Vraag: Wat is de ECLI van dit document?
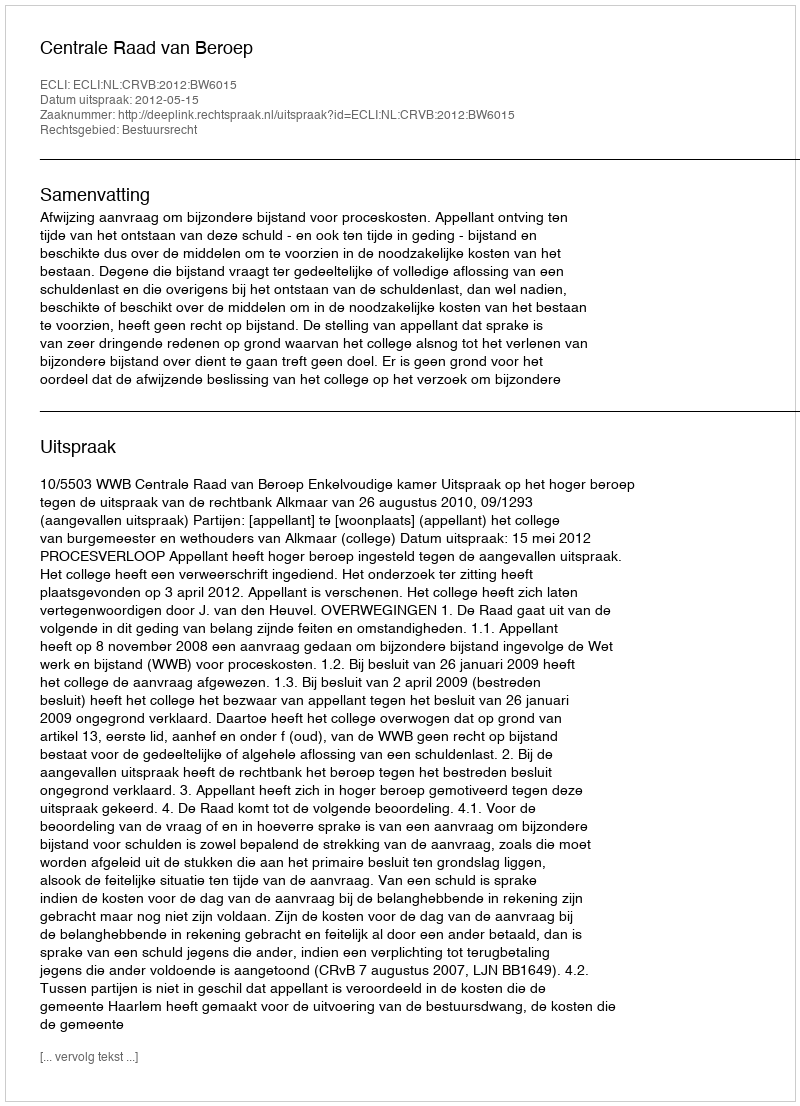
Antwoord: ECLI:NL:CRVB:2012:BW6015